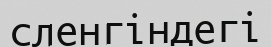
сленгіндегі